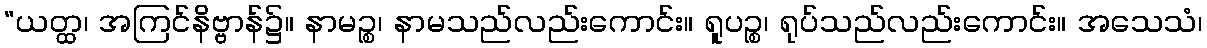
“ယတ္ထ၊ အကြင်နိဗ္ဗာန်၌။ နာမဉ္စ၊ နာမသည်လည်းကောင်း။ ရူပဉ္စ၊ ရုပ်သည်လည်းကောင်း။ အသေသံ၊